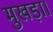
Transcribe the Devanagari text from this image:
मुखड़ा।